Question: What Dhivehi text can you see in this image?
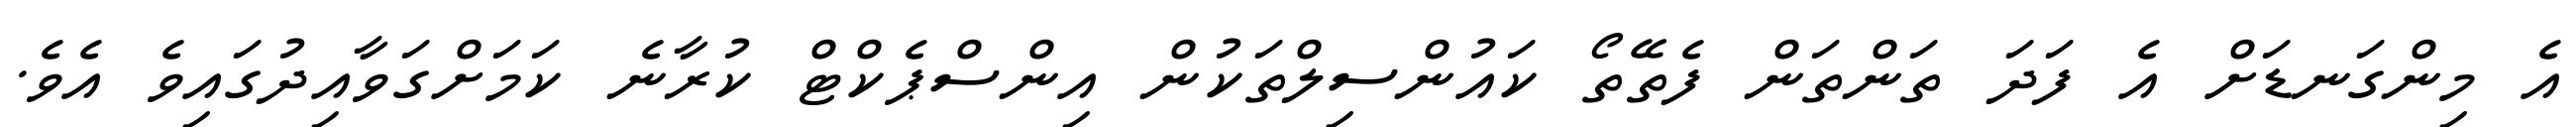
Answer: އެ މިންގަނޑަށް އެ ފަދަ ތަންތަން ފެތޭތޯ ކައުންސިލްތަކުން އިންސްޕެކްޓް ކުރާނެ ކަމަށްގަވާއިދުގައިވެ އެވެ.